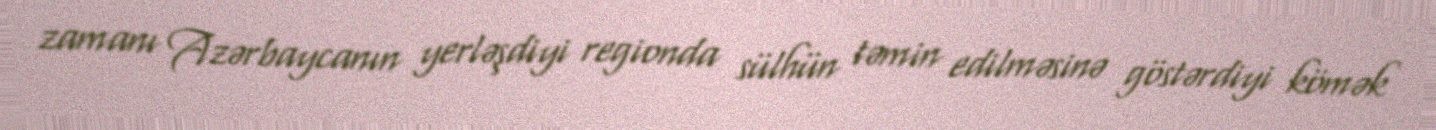
zamanı Azərbaycanın yerləşdiyi regionda sülhün təmin edilməsinə göstərdiyi kömək